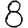
Digit: 8